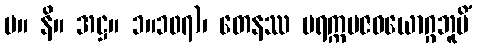
မ။ နိ။ အဋ္ဌ။ ၁။၁၀၇)၊ တေနဿ ပရက္ကမဇဝယောဂ္ဂဘူမိံ